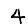
Digit: 4